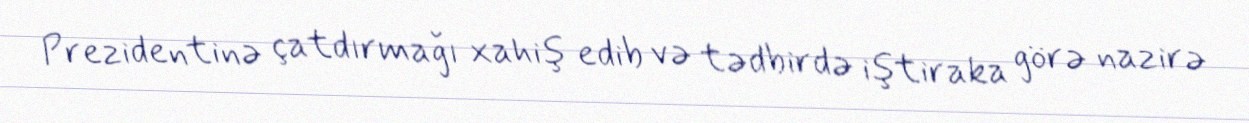
Prezidentinə çatdırmağı xahiş edib və tədbirdə iştiraka görə nazirə